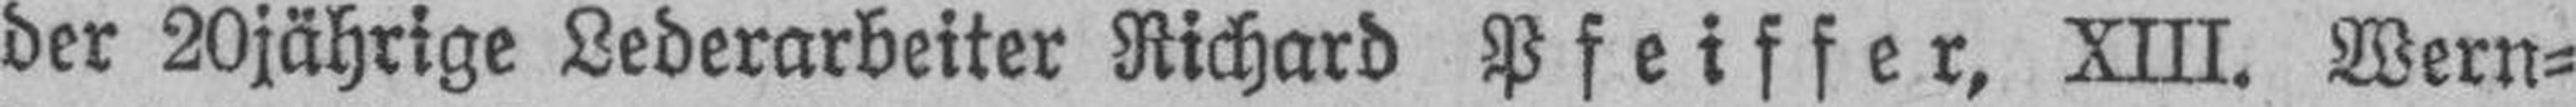
der 20jährige Lederarbeiter Richard Pfeiffer, XIII. Wern¬